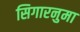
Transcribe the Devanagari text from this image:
सिगारनुमा